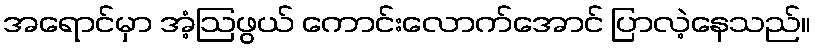
အရောင်မှာ အံ့ဩဖွယ် ကောင်းလောက်အောင် ပြာလဲ့နေသည်။